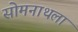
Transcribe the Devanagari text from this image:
सोमनाथला